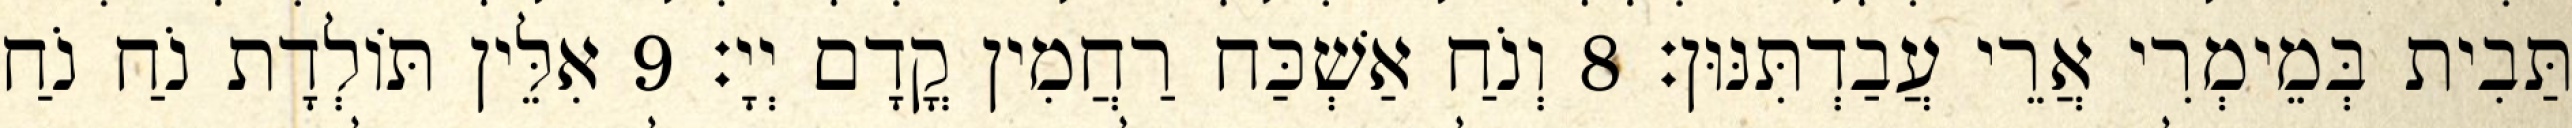
תַּבִית בְּמֵימְרִי אֲרֵי עֲבַדְתִּנּוּן׃ 8 וְנֹחַ אַשְׁכַּח רַחֲמִין קֳדָם יְיָ׃ 9 אִלֵּין תּוֹלְדָת נֹחַ נֹחַ